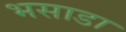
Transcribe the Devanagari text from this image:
भसाडा